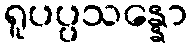
ရူပပ္ပသန္နော